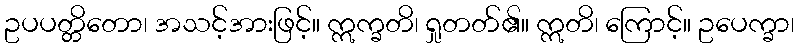
ဥပပတ္တိတော၊ အသင့်အားဖြင့်။ ဣက္ခတိ၊ ရှုတတ်၏။ ဣတိ၊ ကြောင့်။ ဥပေက္ခာ၊